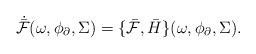
LaTeX: \begin{align*} \dot{\bar{\mathcal{F}}}(\omega,\phi_{\partial},\Sigma)=\{\bar{\mathcal{F}},\bar{H}\}(\omega,\phi_{\partial},\Sigma). \end{align*}